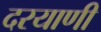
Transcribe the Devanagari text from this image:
दरयाणी